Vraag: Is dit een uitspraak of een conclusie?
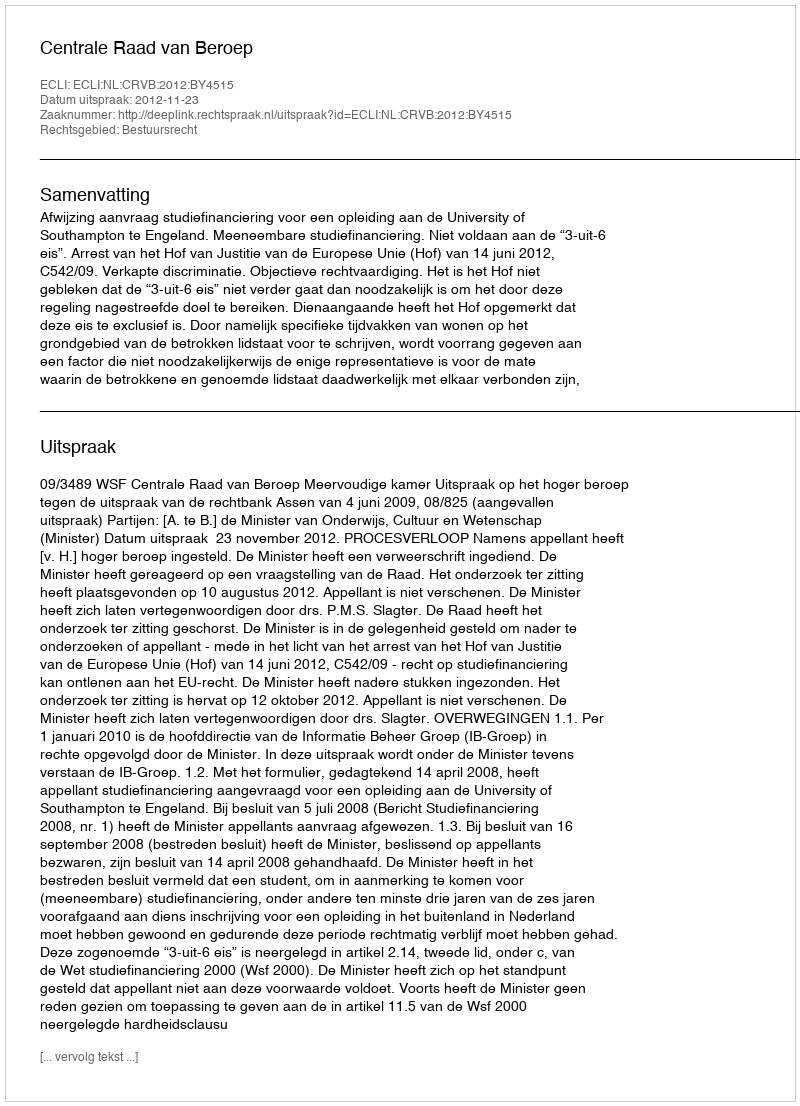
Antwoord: Uitspraak